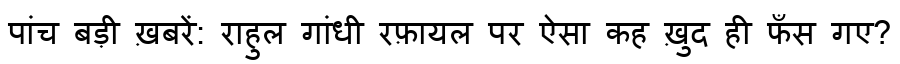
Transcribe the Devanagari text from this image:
पांच बड़ी ख़बरें: राहुल गांधी रफ़ायल पर ऐसा कह ख़ुद ही फँस गए?